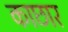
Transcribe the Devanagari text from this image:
काछार